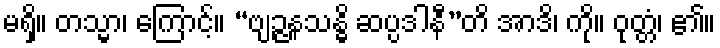
မရှိ။ တသ္မာ၊ ကြောင့်။ “ဗျဉ္ဇနသန္ဓိ ဆပ္ပဒါနီ”တိ အာဒိ၊ ကို။ ဝုတ္တံ၊ ၏။